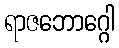
ရာဇဘောဂ္ဂေါ